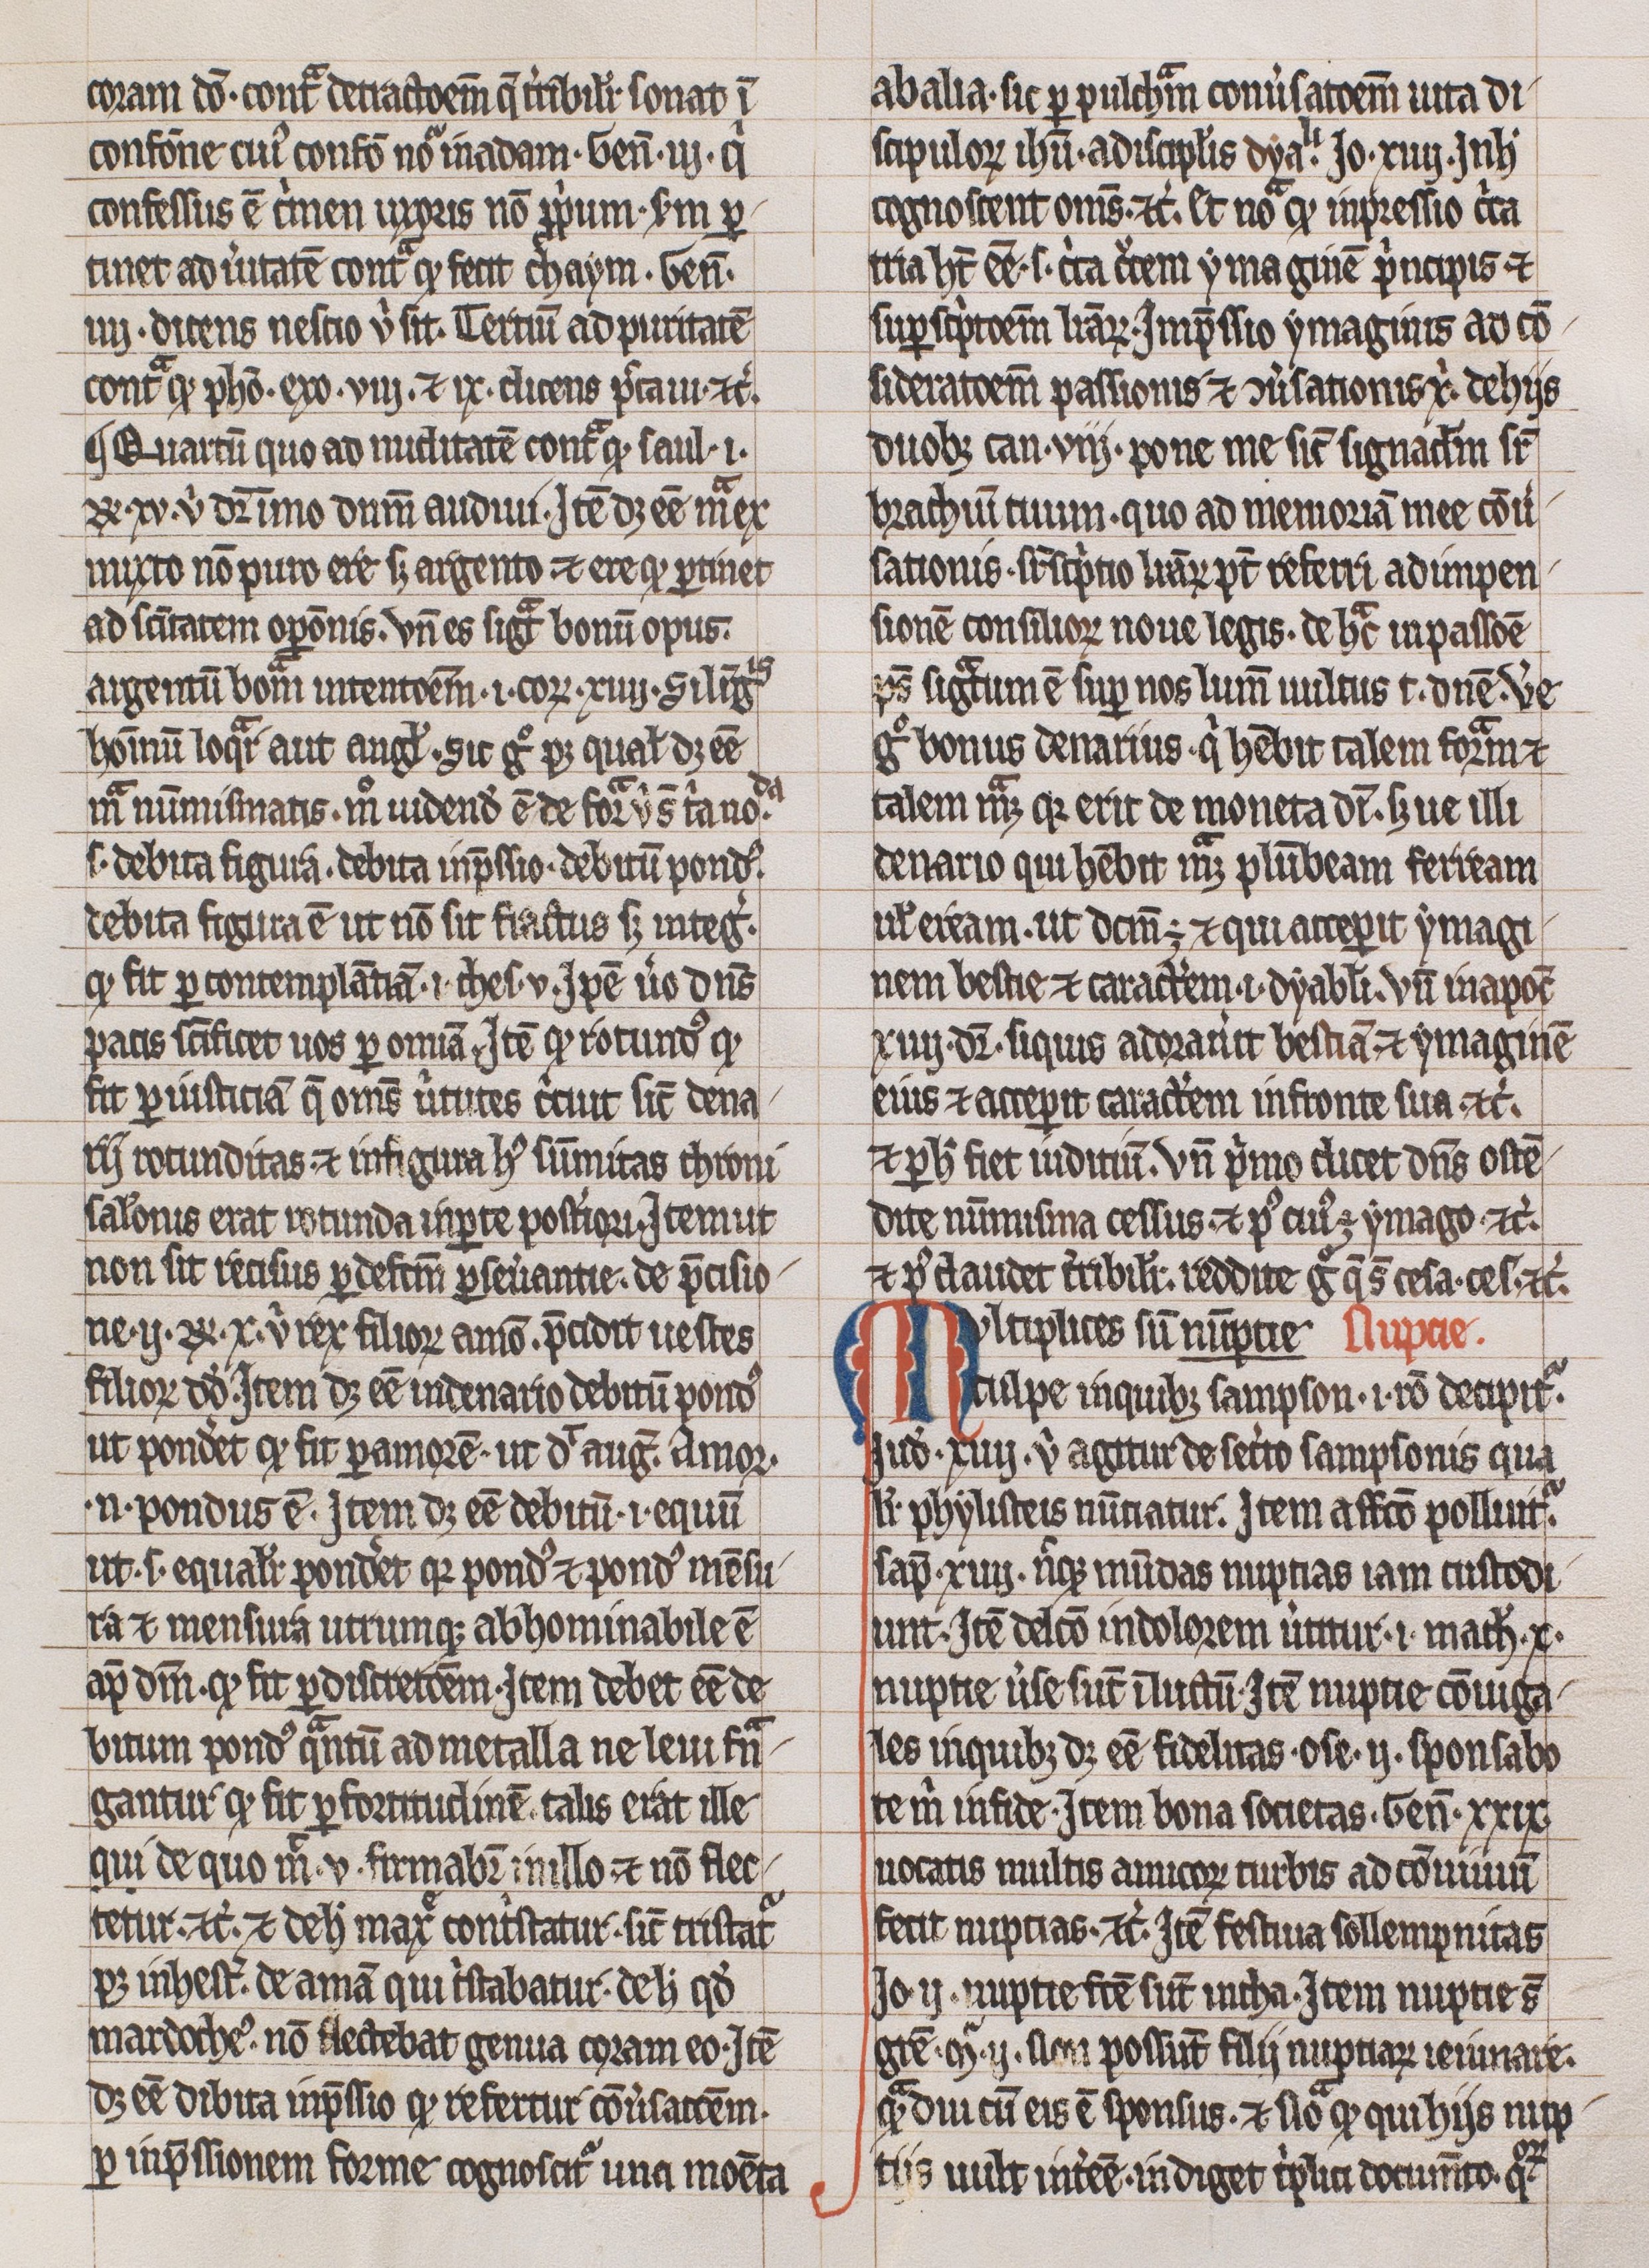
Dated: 1300–1399